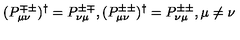
( P _ { \mu \nu } ^ { \mp \pm } ) ^ { \dag } = P _ { \nu \mu } ^ { \pm \mp } , ( P _ { \mu \nu } ^ { \pm \pm } ) ^ { \dag } = P _ { \nu \mu } ^ { \pm \pm } , \mu \neq \nu